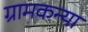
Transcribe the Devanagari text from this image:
ग्रामकन्या